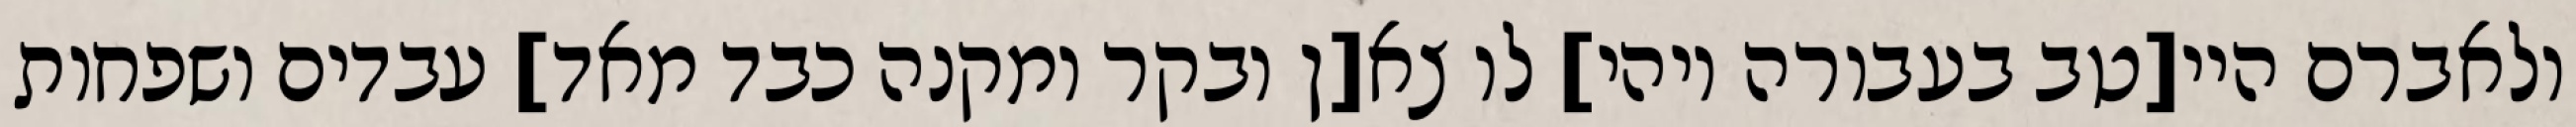
ולאברם היי[טב בעבורה ויהי] לו צא[ן ובקר ומקנה כבד מאד] עבדים ושפחות